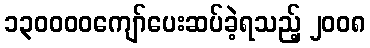
၁၃၀၀၀၀ကျော်ပေးဆပ်ခဲ့ရသည့် ၂၀၀၈